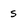
Character: s